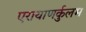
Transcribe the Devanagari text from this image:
एरायाणर्कुलम